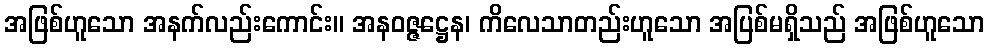
အဖြစ်ဟူသော အနက်လည်းကောင်း။ အနဝဇ္ဇဋ္ဌေန၊ ကိလေသာတည်းဟူသော အပြစ်မရှိသည် အဖြစ်ဟူသော